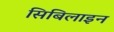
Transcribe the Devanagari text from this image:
सिबिलाइन